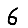
Digit: 6